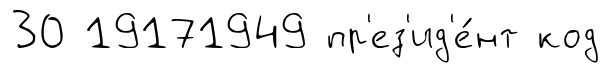
30 19171949 пр'ез'ид'е́нт код